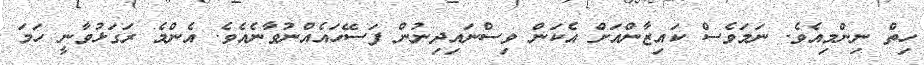
ހިތް ނިންމިއެވެ. ނަމަވެސް ކައިޒާންއަށް އެކަން ވިސްނައިދިނުން ފަސޭހައެއްނުވާނެއެވެ. އެންމެ ރަގަޅުވާނީ ހަމަ